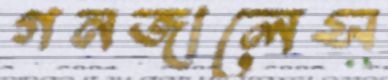
গনজালেস